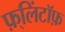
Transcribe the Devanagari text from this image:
फ़्लिंटॉफ़